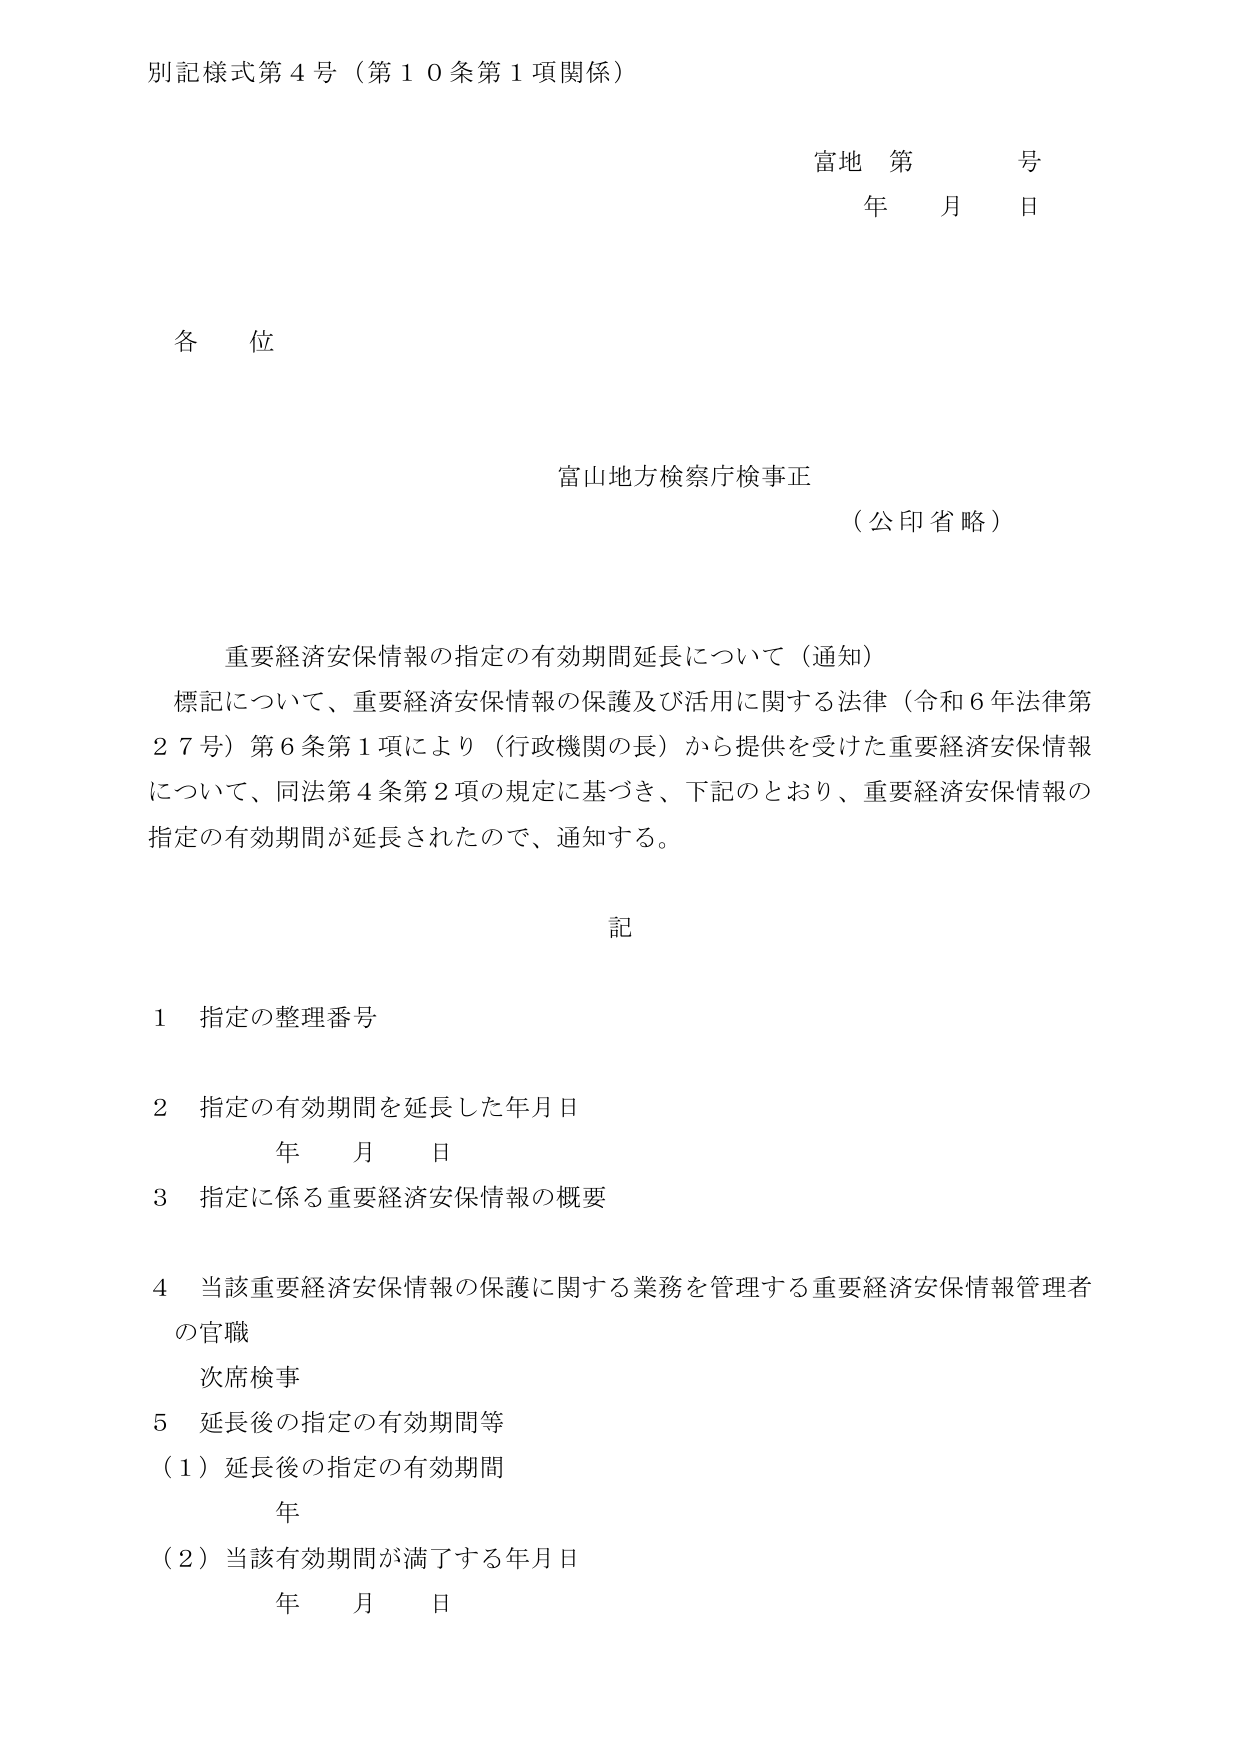
別記様式第４号（第１０条第１項関係）

富地 第 号
年 月 日

各位

富山地方検察庁検事正
（公印省略）

重要経済安保情報の指定の有効期間延長について（通知）
標記について、重要経済安保情報の保護及び活用に関する法律（令和６年法律第２７号）第６条第１項により（行政機関の長）から提供を受けた重要経済安保情報について、同法第４条第２項の規定に基づき、下記のとおり、重要経済安保情報の指定の有効期間が延長されたので、通知する。

記

１ 指定の整理番号

２ 指定の有効期間を延長した年月日
　年 月 日

３ 指定に係る重要経済安保情報の概要

４ 当該重要経済安保情報の保護に関する業務を管理する重要経済安保情報管理者の官職
　次席検事

５ 延長後の指定の有効期間等
　（１）延長後の指定の有効期間
　　　年
　（２）当該有効期間が満了する年月日
　　　年 月 日